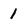
Character: l